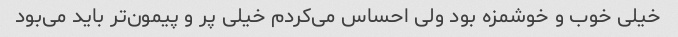
خیلی خوب و خوشمزه بود ولی احساس می‌کردم خیلی پر و پیمون‌تر باید می‌بود